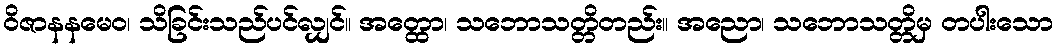
ဝိဇာနနမေဝ၊ သိခြင်းသည်ပင်လျှင်။ အတ္ထော၊ သဘောသတ္တိတည်း။ အညော၊ သဘောသတ္တိမှ တပါးသော